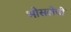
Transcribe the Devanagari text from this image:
भोसलेची